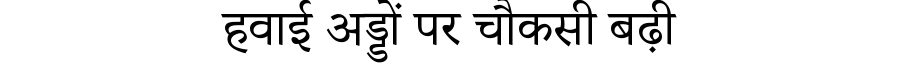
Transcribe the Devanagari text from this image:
हवाई अड्डों पर चौकसी बढ़ी